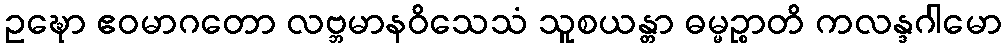
ဥဍ္ဎော ဧဝမာဂတော လဗ္ဘမာနဝိသေသံ သူစယန္တာ ဓမ္မဉ္စာတိ ကလန္ဒဂါမော